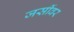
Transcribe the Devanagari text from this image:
जर्सीवर